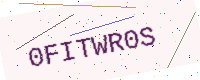
Text: 0FITWR0S